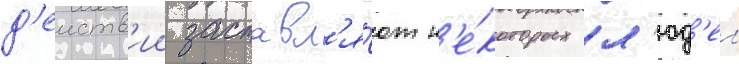
д'еиств'ии заставл'я́ют н'е́которых л'юд'еи